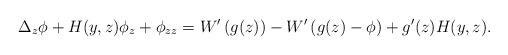
LaTeX: \begin{align*}\Delta_z\phi+H(y,z)\phi_z+\phi_{zz}=W^\prime\left(g(z)\right)-W^\prime\left(g(z)-\phi\right)+g^\prime(z)H(y,z).\end{align*}